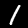
Digit: 1